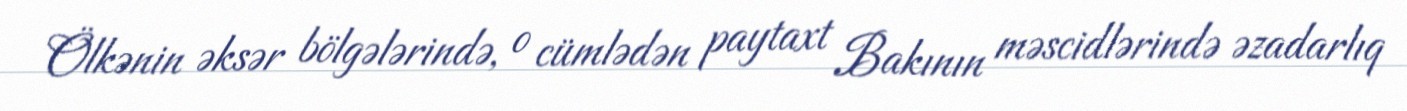
Ölkənin əksər bölgələrində, o cümlədən paytaxt Bakının məscidlərində əzadarlıq